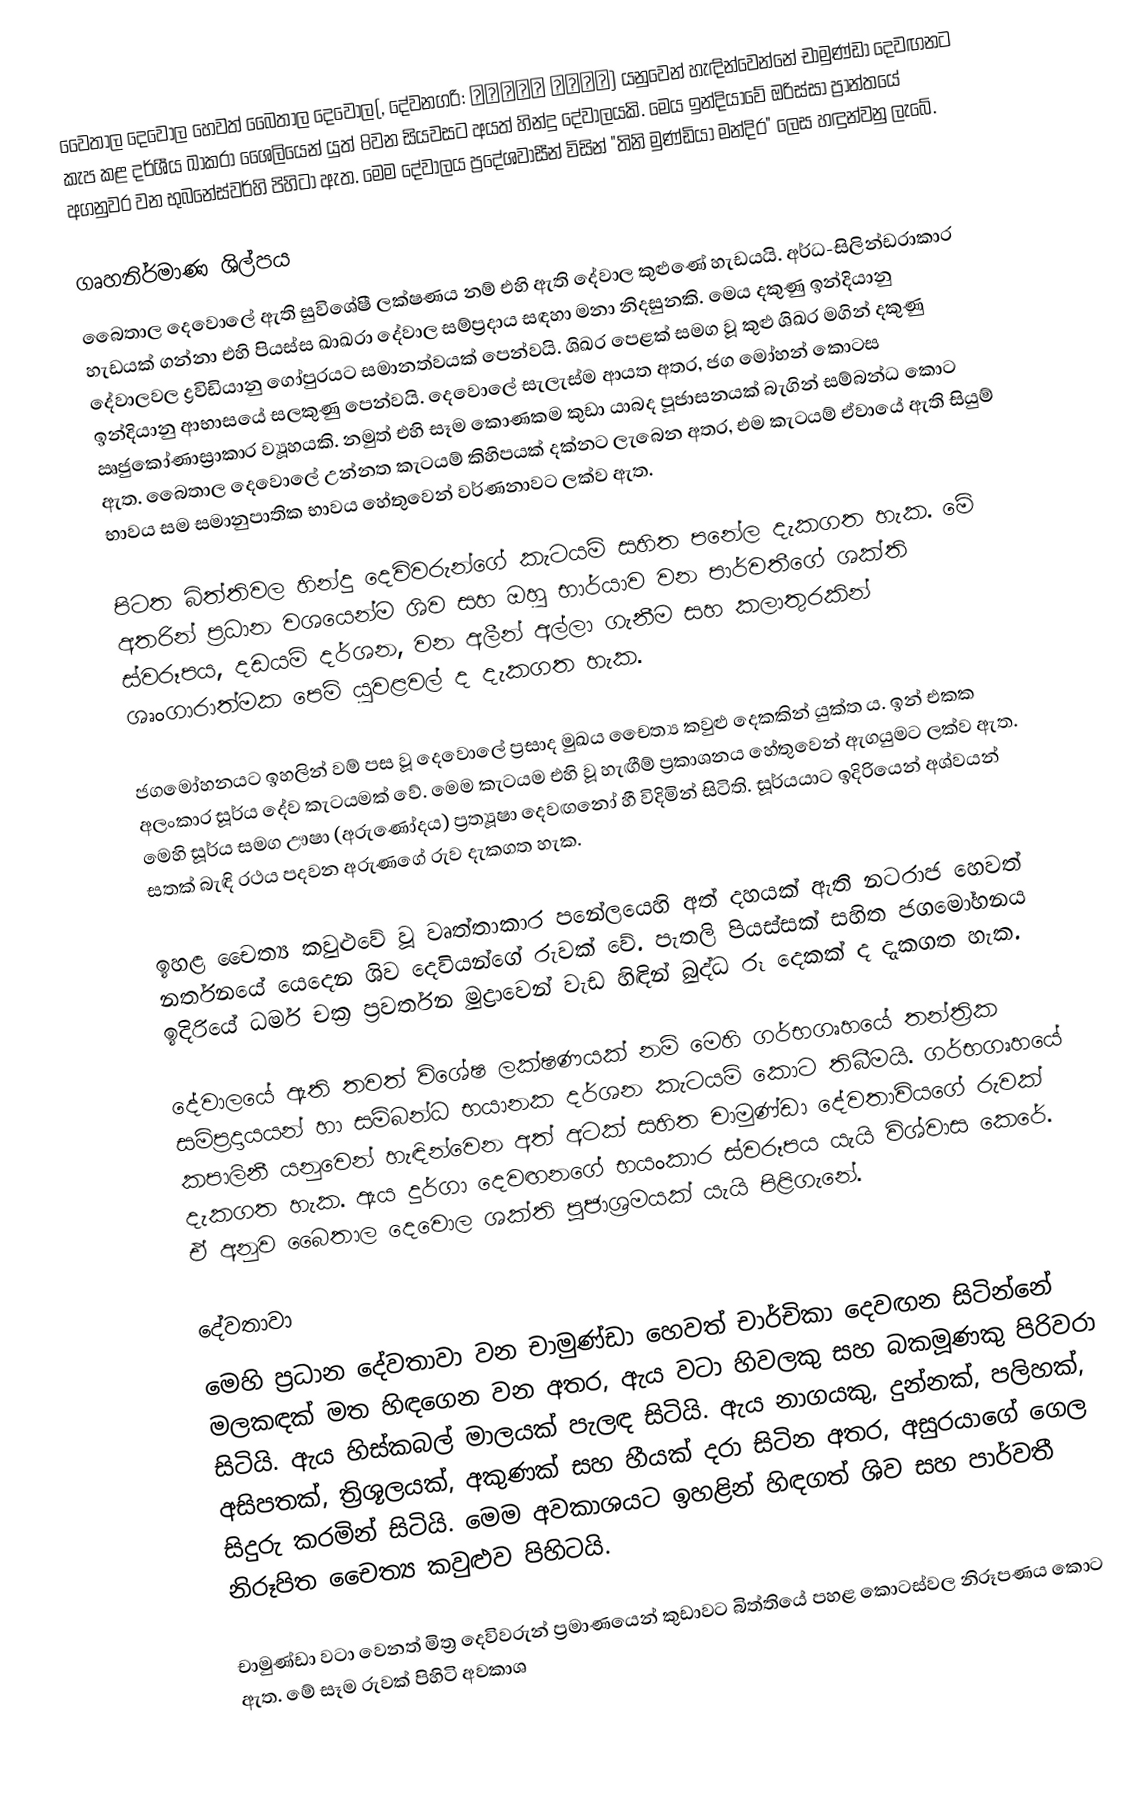
වෛතාල දෙවොල හෙවත් බෛතාල දෙවොල(, දේවනගරි: वैताळ देउळ) යනුවෙන් හැඳින්වෙන්නේ චාමුණ්ඩා දෙවඟනට කැප කළ දර්ශීය ඛාකරා ශෛලියෙන් යුත් 8වන සියවසට අයත් හින්දු දේවාලයකි. මෙය ඉන්දියාවේ ඔරිස්සා ප්‍රාන්තයේ අගනුවර වන භුබනේස්වර්හි පිහිටා ඇත. මෙම දේවාලය ප්‍රදේශවාසීන් විසින් "තිනි මුණ්ඩියා මන්දිර" ලෙස හඳුන්වනු ලැබේ.

ගෘහනිර්මාණ ශිල්පය
බෛතාල දෙවොලේ ඇති සුවිශේෂී ලක්ෂණය නම් එහි ඇති දේවාල කුළුණේ හැඩයයි. අර්ධ-සිලින්ඩරාකාර හැඩයක් ගන්නා එහි පියස්ස ඛාඛරා දේවාල සම්ප්‍රදාය සඳහා මනා නිදසුනකි. මෙය දකුණු ඉන්දියානු දේවාලවල ද්‍රවිඩියානු ගෝපුරයට සමානත්වයක් පෙන්වයි. ශිඛර පෙළක් සමග වූ ‍කුළු ශිඛර මගින් දකුණු ඉන්දියානු ආභාසයේ සලකුණු පෙන්වයි. දෙවොලේ සැලැස්ම ආයත අතර, ජග මෝහන් කොටස ඍජුකෝණාස්‍රාකාර ව්‍යූහයකි. නමුත් එහි සෑම කොණකම කුඩා යාබද පූජාසනයක් බැගින් සම්බන්ධ කොට ඇත. බෛතාල දෙවොලේ උන්නත කැටයම් කිහිපයක් දක්නට ලැබෙන අතර, එම කැටයම් ඒවායේ ඇති සියුම් භාවය සම සමානුපාතික භාවය හේතුවෙන් වර්ණනාවට ලක්ව ඇත.

පිටත බිත්තිවල හින්දු දෙවිවරුන්ගේ කැටයම් සහිත පනේල දැකගත හැක. මේ අතරින් ප්‍රධාන වශයෙන්ම ශිව සහ ඔහු භාර්යාව වන පාර්වතීගේ ශක්ති ස්වරූපය, දඩයම් දර්ශන, වන අලීන් අල්ලා ගැනීම සහ කලාතුරකින් ශෘංගාරාත්මක පෙම් යුවළවල් ද දැකගත හැක.

ජගමෝහනයට ඉහලින් වම් පස වූ දෙවොලේ ප්‍රසාද මුඛය චෛත්‍ය කවුළු දෙකකින් යුක්ත ය. ඉන් එකක අලංකාර සූර්ය දේව කැටයමක් වේ. මෙම කැටයම එහි වූ හැඟීම් ප්‍රකාශනය හේතුවෙන් ඇගයුමට ලක්ව ඇත. මෙහි සූර්ය සමග ඌෂා (අරුණෝදය) ප්‍රත්‍යූෂා දෙවඟනෝ හී විදිමින් සිටිති. සූර්යයාට ඉදිරියෙන් අශ්වයන් සතක් බැඳි රථය පදවන අරුණගේ රුව දැකගත හැක.

ඉහළ චෛත්‍ය කවුළුවේ වූ වෘත්තාකාර පනේලයෙහි අත් දහයක් ඇති නටරාජ හෙවත් නර්තනයේ යෙදෙන ශිව දෙවියන්ගේ රුවක් වේ. පැතලි පියස්සක් සහිත ජගමෝහනය ඉදිරියේ ධර්ම චක්‍ර ප්‍රවර්තන මුද්‍රාවෙන් වැඩ හිඳින් බුද්ධ රූ දෙකක් ද දැකගත හැක.

දේවාලයේ ඇති තවත් විශේෂ ලක්ෂණයක් නම් මෙහි ගර්භගෘහයේ තන්ත්‍රික සම්ප්‍රදායයන් හා සම්බන්ධ භයානක දර්ශන කැටයම් කොට තිබීමයි. ගර්භගෘහයේ කපාලිනී යනුවෙන් හැඳින්වෙන අත් අටක් සහිත චාමුණ්ඩා දේවතාවියගේ රුවක් දැකගත හැක. ඇය දුර්ගා දෙවඟනගේ භයංකාර ස්වරූපය යැයි විශ්වාස කෙරේ. ‍ඒ අනුව බෛතාල දෙවොල ශක්ති පූජාශ්‍රමයක් යැයි පිළිගැනේ.

දේවතාවා
මෙහි ප්‍රධාන දේවතාවා වන චාමුණ්ඩා හෙවත් චාර්චිකා දෙවඟන සිටින්නේ මලකඳක් මත හිඳගෙන වන අතර, ඇය වටා හිවලකු සහ බකමූණකු පිරිවරා සිටියි. ඇය හිස්කබල් මාලයක් පැලඳ සිටියි. ඇය නාගයකු, දුන්නක්, පලිහක්, අසිපතක්, ත්‍රිශූලයක්, අකුණක් සහ හීයක් දරා සිටින අතර, අසුරයාගේ ගෙල සිදුරු කරමින් සිටියි. මෙම අවකාශයට ඉහළින් හිඳගත් ශිව සහ පාර්වතී නිරූපිත චෛත්‍ය කවුළුව පිහිටයි.

චාමුණ්ඩා වටා වෙනත් මිත්‍ර දෙවිවරුන් ප්‍රමාණයෙන් කුඩාවට බිත්තියේ පහළ කොටස්වල නිරූපණය කොට ඇත. මේ සෑම රුවක් පිහිටි අවකාශ